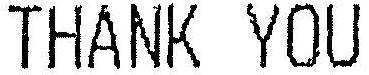
THANK YOU